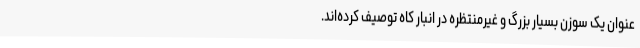
عنوان یک سوزن بسیار بزرگ و غیرمنتظره در انبار کاه توصیف کرده‌اند.